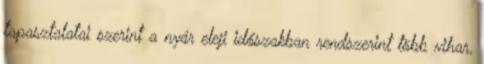
tapasztalatai szerint a nyár eleji időszakban rendszerint több vihar,